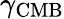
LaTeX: \gamma_{\mathrm{{CMB}}}